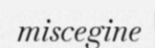
miscegine